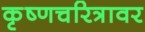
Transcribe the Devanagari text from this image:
कृष्णचरित्रावर